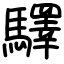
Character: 驛